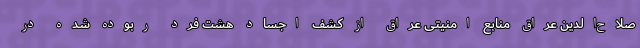
صلاح‌الدین عراق منابع امنیتی عراق از کشف اجساد هشت فرد ربوده شده در